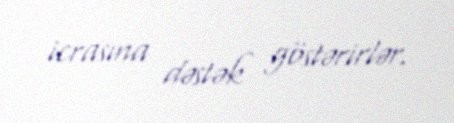
icrasına dəstək göstərirlər.